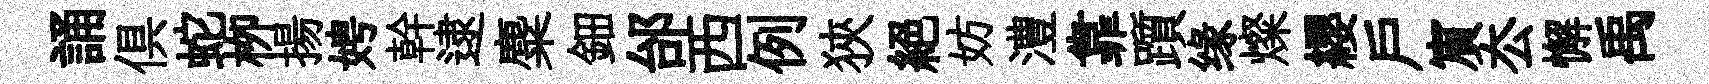
誦俱蛇栁揚娉幹逮麋鈿邰西例狹絶妨澧靠躓缘燦纓戶賔厺懈禹